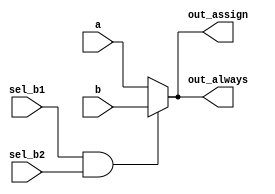
// synthesis verilog_input_version verilog_2001
module top_module(
    input a,
    input b,
    input sel_b1,
    input sel_b2,
    output wire out_assign,
    output reg out_always   ); 

    assign out_assign = (sel_b1 && sel_b2) ? b : a;
    always @(*) out_always = (sel_b1 && sel_b2) ? b : a;
    
endmodule